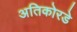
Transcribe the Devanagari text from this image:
अतिकोरडे